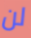
لن